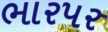
ભારપર